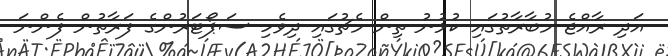
އަދި ރާއްޖެ މުބާރާތުގައި ކުޅުނު ތިން މެޗުގައި ދިވެހި ސަޕޯޓަރުންގެ ފަރާތުން ފެންނަ